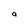
Character: a